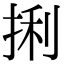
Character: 𪭼